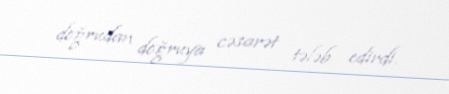
doğrudan doğruya cəsarət tələb edirdi.